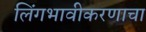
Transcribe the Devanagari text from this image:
लिंगभावीकरणाचा